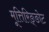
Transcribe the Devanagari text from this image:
मूत्तिरिङ्ङोट